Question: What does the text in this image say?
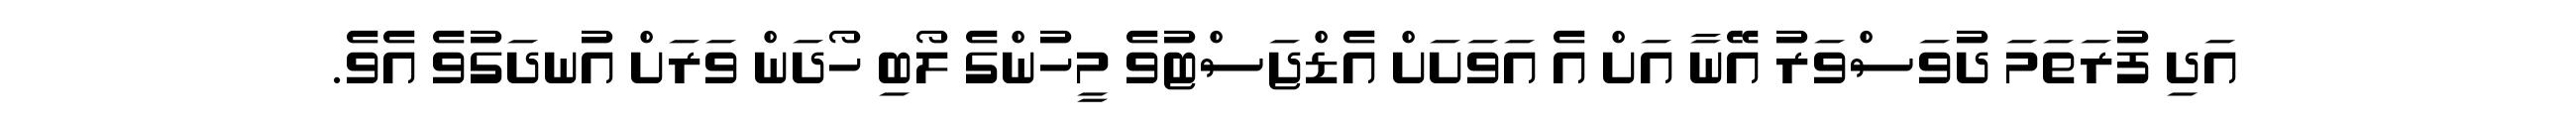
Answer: އަދި ފުރަތަމަ ދުވަސްވަރު އޭނާ އަށް އެ އަވަށަށް އެޑްޖަސްޓުވެ މީހުންގެ ލޯބި ހޯދަން ވަރަށް އުނދަގުވެ އެވެ.